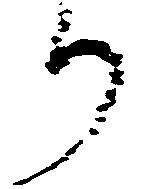
り